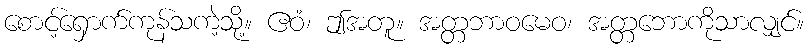
စောင့်ရှောက်ကုန်သကဲ့သို့။ ဧဝံ၊ ဤအတူ။ အတ္တဘာဝမေဝ၊ အတ္တဘောကိုသာလျှင်။